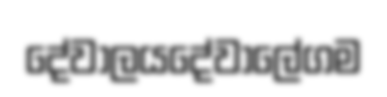
දේවාලයදේවාලේගම